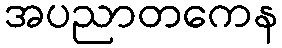
အပညာတကေန